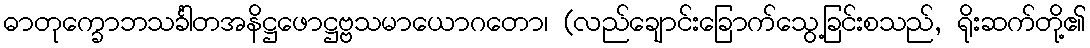
ဓာတုက္ခောဘသင်္ခါတအနိဋ္ဌဖောဋ္ဌဗ္ဗသမာယောဂတော၊ (လည်ချောင်းခြောက်သွေ့ခြင်းစသည်, ရိုးဆက်တို့၏